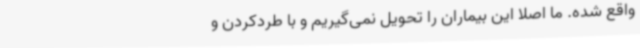
واقع‌ شده. ما اصلا این بیماران را تحویل نمی‌گیریم و با طردکردن و